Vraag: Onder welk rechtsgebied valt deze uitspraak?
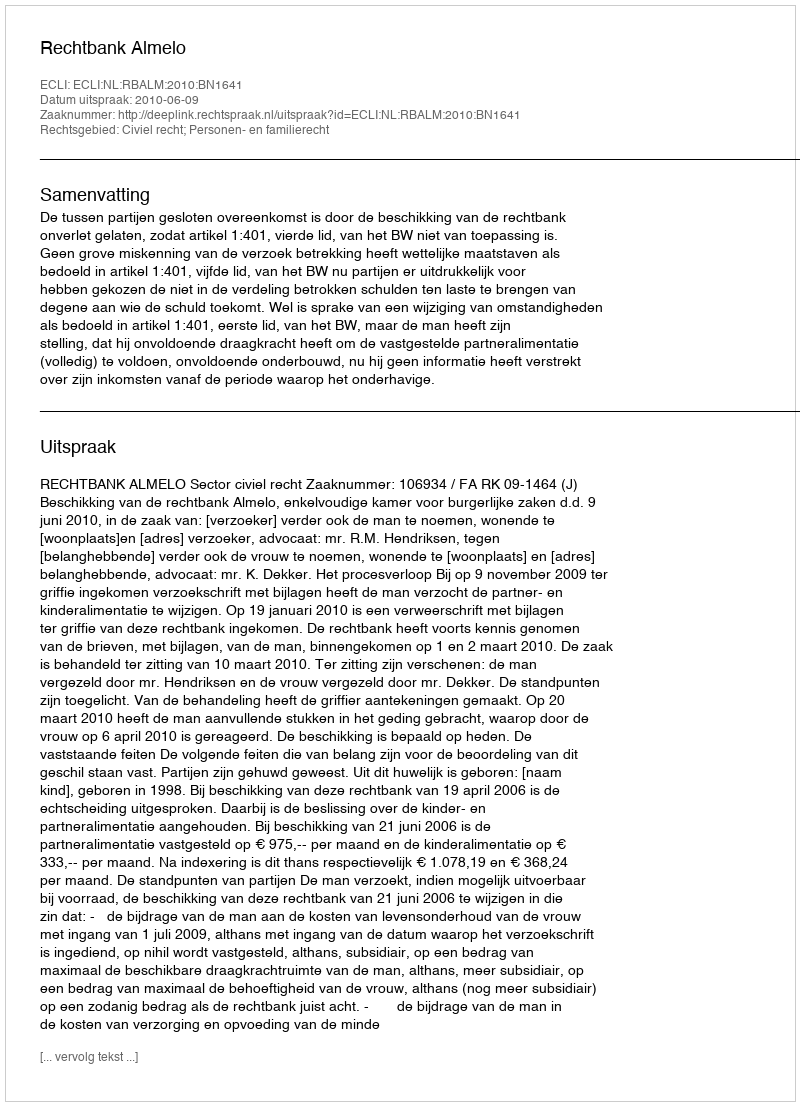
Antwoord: Civiel recht; Personen- en familierecht